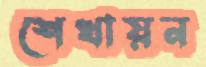
শেখায়ন